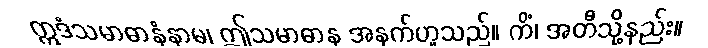
ဣဒံသမာဓာနံနာမ၊ ဤသမာဓာန အနက်ဟူသည်။ ကိံ၊ အတီသို့နည်း။